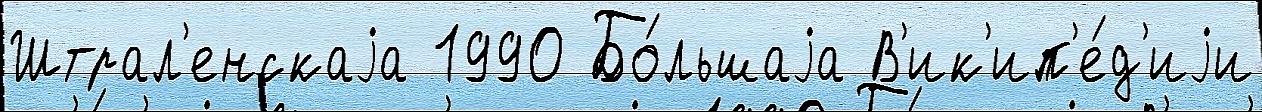
Штрал'енскаjа 1990 Бо́льшаjа В'ик'ип'е́д'иjи